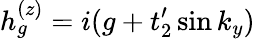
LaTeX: h_{g}^{(z)}=i(g+t_{2}^{\prime}\sin k_{y})